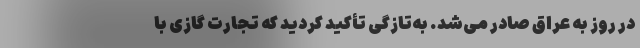
در روز به عراق صادر می‌شد. به‌تازگی تأکید کردید که تجارت گازی با